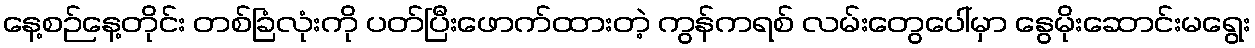
နေ့စဉ်နေ့တိုင်း တစ်ခြံလုံးကို ပတ်ပြီးဖောက်ထားတဲ့ ကွန်ကရစ် လမ်းတွေပေါ်မှာ နွေမိုးဆောင်းမရွေး